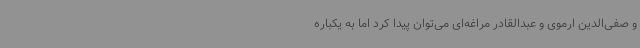
و صفی‌الدین ارموی و عبدالقادر مراغه‌ای می‌توان پیدا کرد اما به یکباره